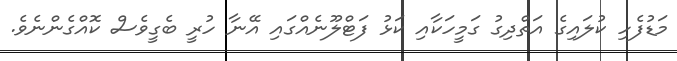
މަޑުފެހި ކުލައިގެ އަތްދިގު ގަމީހަކާއި ކަޅު ފަޓްލޫނެއްގައި އޭނާ ހުރީ ބެގީވެސް ކޮއްގެންނެވެ.